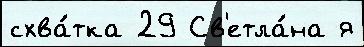
схва́тка 29 Св'етла́на я